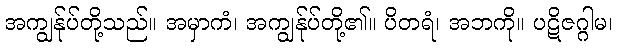
အကျွန်ုပ်တို့သည်။ အမှာကံ၊ အကျွန်ုပ်တို့၏။ ပိတရံ၊ အဘကို။ ပဋိဇဂ္ဂါမ၊